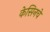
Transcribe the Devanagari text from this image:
केसिनचे